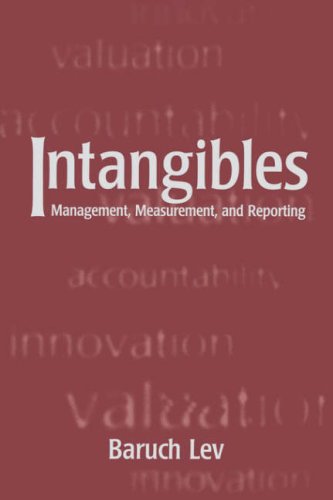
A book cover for Intangibles: Management, Measurement, and Reporting; Baruch Lev; Business & Money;